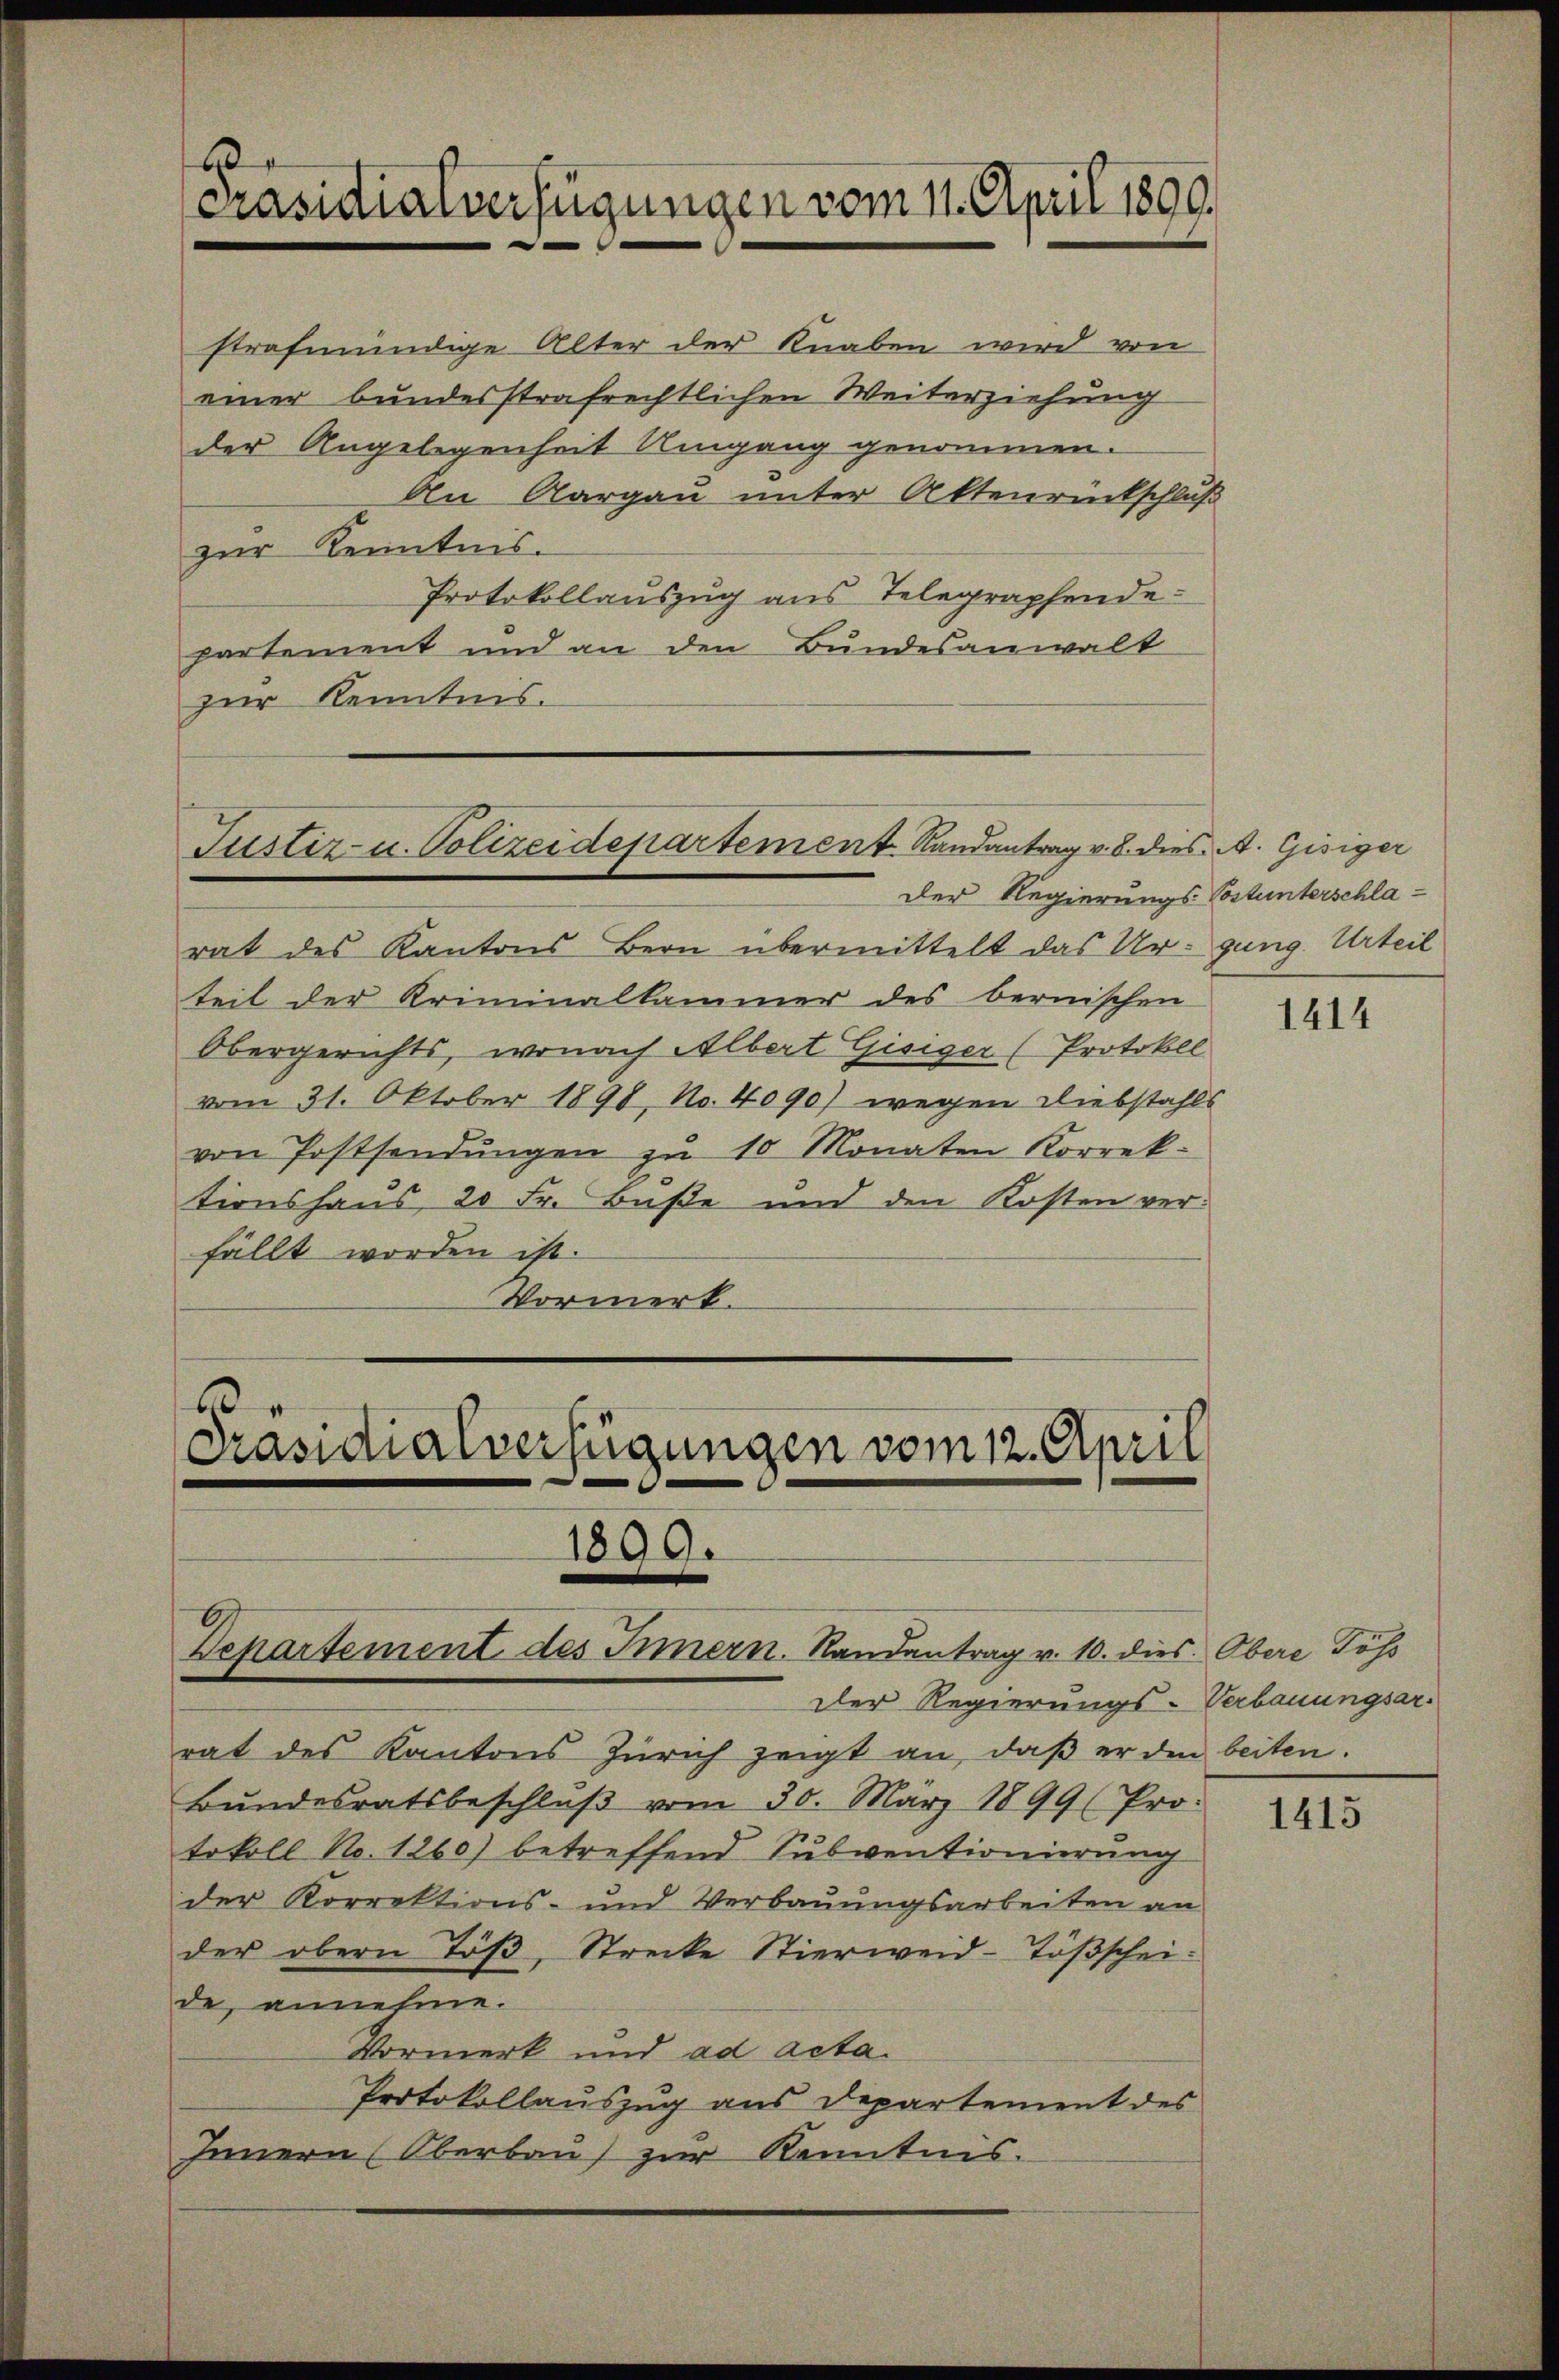
Präsidialverfügungen vom 11. April 1890.

strafmündige Alter der Knaben wird von
einer bundesstrafrechtlichen Weiterziehung
der Angelegenheit Umgang genommen.
An Aargau unter Aktenrückschluß
zur Kenntnis.
Protokollauszug aus Telegraphende
partement und an den Bundesanwalt
zur Kenntnis.

Justiz- u. Polizeidepartement Randantrag v. 8. dies A. Gisiger

Präsidialverfügungen vom 12. April
1899.
Departement des Innern. Randantrag v. 10. dies Obere Töß

Der Regierungs-Verbauungsarrat des Kantons Zürich zeigt an, daβ er den beiten.
Bŭndesratsbeschlŭβ vom 30. März 1899 (Pro-
tokoll No. 1260) betreffend Subventionierung
der Korrektions- und Verbauungsarbeiten an
der obern Töβ, Strecke Stierweid-Tößschei-
de, annehme.
Vormerk und ad acta.
Protokollauszug aus Departement des
Innern (Oberbau zur Kenntnis.

Der Regierungs- Costunterschlarat des Kantons Bern übermittelt das Ur- gung. Urteil
teil der Kriminalkammer des bernischen
Obergerichts, wonach Albert Gisiger (Protokoll
vom 31. Oktober 1898, No. 4090) wegen Diebstahls
von Postsendŭngen zŭ 10 Monaten Korrek-
tionshaus, 20 Fr. Buße und den Kosten verfällt worden ist.
Vormerk.
.

1414

1415